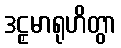
ဒဠှမာရုဟိတွာ